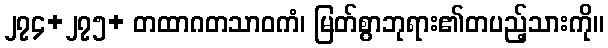
၂၇၄+၂၇၅+ တထာဂတသာဝကံ၊ မြတ်စွာဘုရား၏တပည့်သားကို။